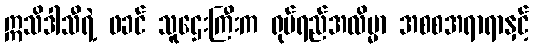
ဣသိဒါသီရဲ့ ဖခင် သူဌေးကြီးက ရုပ်ရည်အလိမ္မာ အစစအရာရာနှင့်